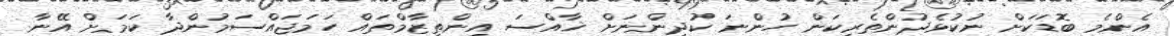
އެންމެ ބޮޑަކަށް ނުކުޅެދުންތެރިކަން ހުންނަ ކުދިންނަށް ޚާއްސަ އިންތިޒާމްތައް ހަމަޖައްސަމުންދާ ކަމަށް އޭނާ